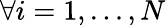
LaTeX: \forall i=1,...,N